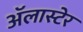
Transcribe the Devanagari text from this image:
अॅलास्टेर